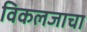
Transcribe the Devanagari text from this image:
विकलजाचा